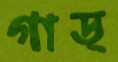
গাড্